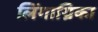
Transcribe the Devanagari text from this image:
लिंगाग्रिका